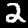
Label: 2